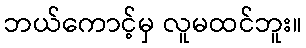
ဘယ်ကောင့်မှ လူမထင်ဘူး။